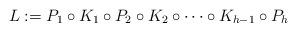
LaTeX: \begin{align*}L := P_1 \circ K_1\circ P_2 \circ K_2 \circ\cdots \circ K_{h-1} \circ P_h\end{align*}